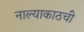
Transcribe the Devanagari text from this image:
नाल्याकाठची